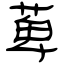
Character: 萆